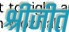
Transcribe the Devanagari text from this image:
श्रीजीत